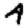
Digit: 4